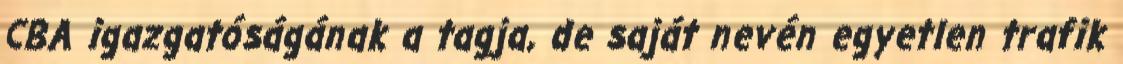
CBA igazgatóságának a tagja, de saját nevén egyetlen trafik